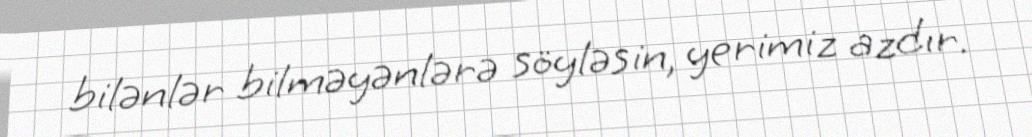
bilənlər bilməyənlərə söyləsin, yerimiz azdır.